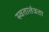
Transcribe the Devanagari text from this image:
स्वतातंत्रता